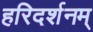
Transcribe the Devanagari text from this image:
हरिदर्शनम्